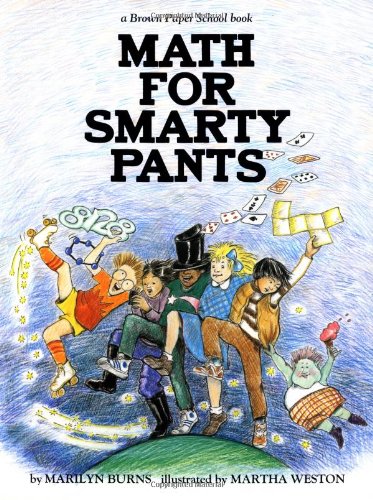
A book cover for Brown Paper School book: Math for Smarty Pants; Marilyn Burns; Teen & Young Adult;